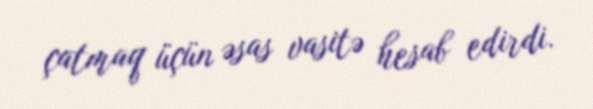
çatmaq üçün əsas vasitə hesab edirdi.